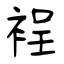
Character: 裎